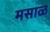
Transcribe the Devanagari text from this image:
मसाळ